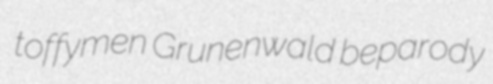
toffymen Grunenwald beparody